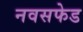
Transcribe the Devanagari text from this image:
नवसफेड